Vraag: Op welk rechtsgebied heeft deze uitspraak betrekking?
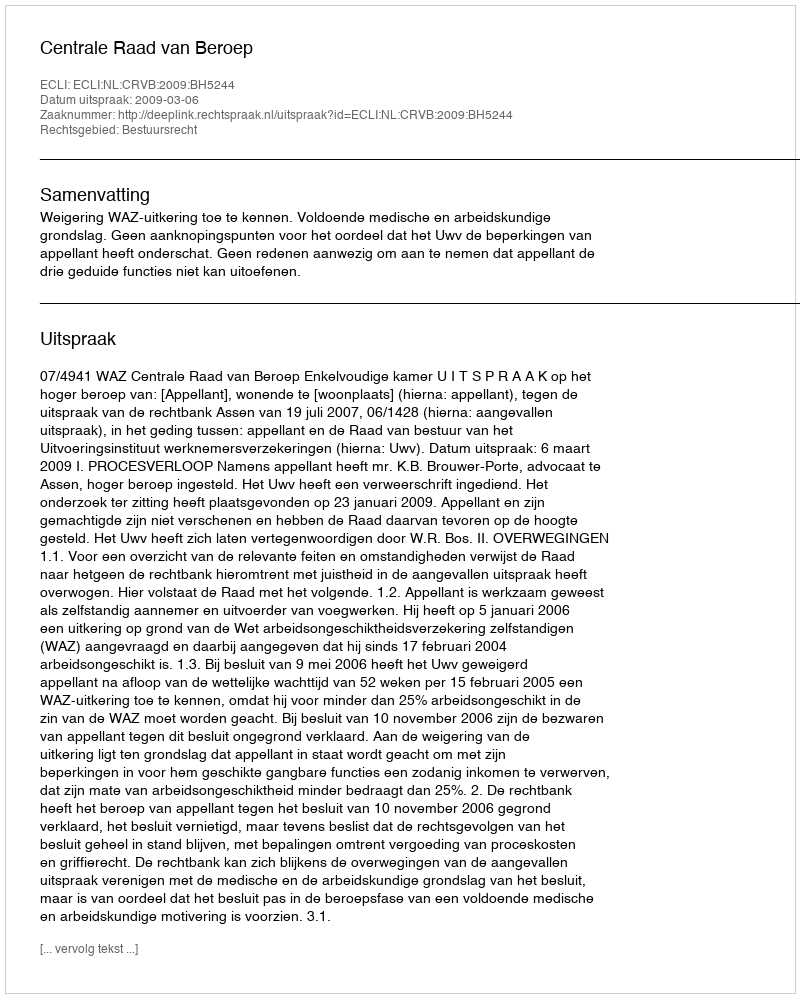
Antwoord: Bestuursrecht